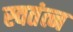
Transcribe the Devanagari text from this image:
स्वतंत्न